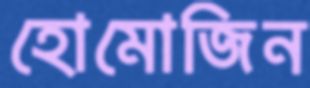
হোমোজিন